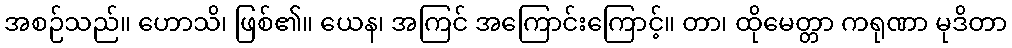
အစဉ်သည်။ ဟောသိ၊ ဖြစ်၏။ ယေန၊ အကြင် အကြောင်းကြောင့်။ တာ၊ ထိုမေတ္တာ ကရုဏာ မုဒိတာ